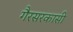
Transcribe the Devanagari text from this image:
गैरसरकासी